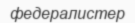
федералистер